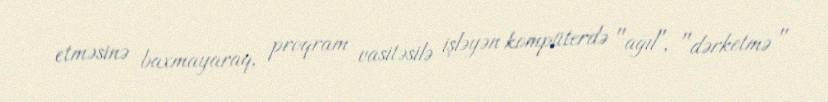
etməsinə baxmayaraq, proqram vasitəsilə işləyən kompüterdə "ağıl", "dərketmə "